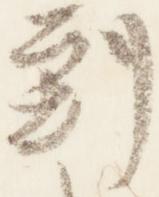
到